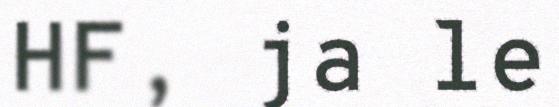
HF, ja le